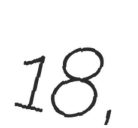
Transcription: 18,